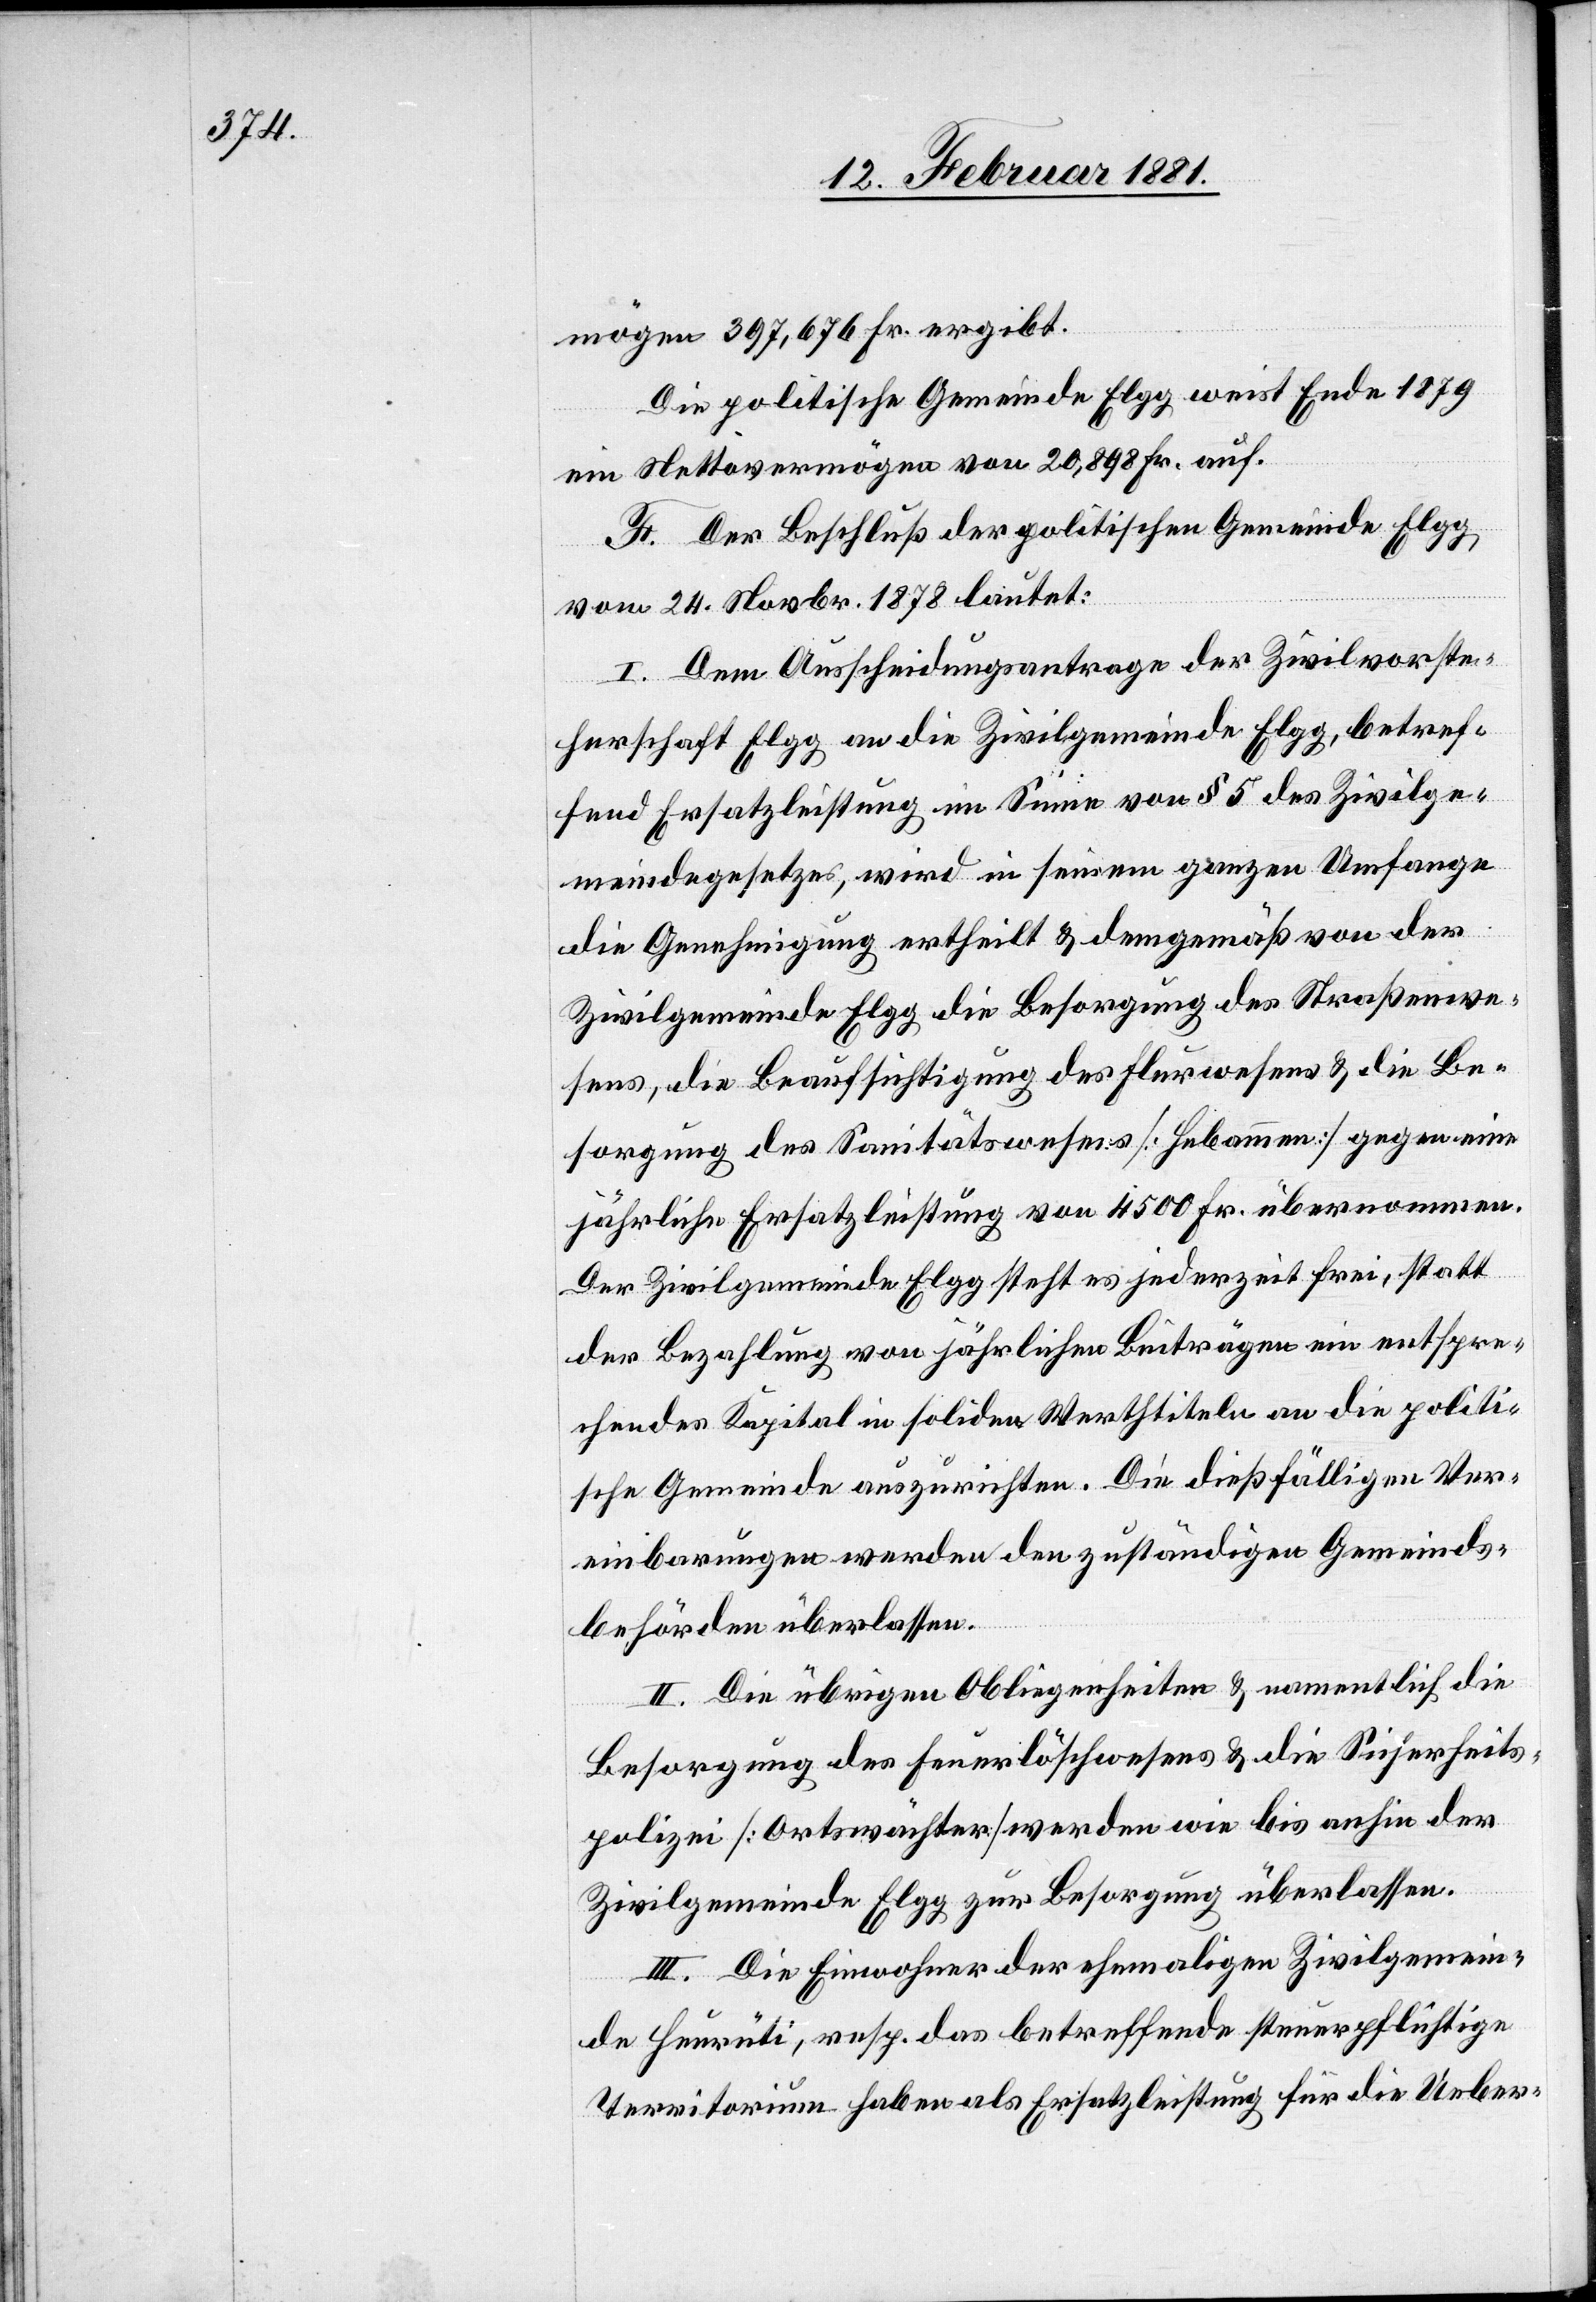
mögen 397,676 Fr. ergibt.
Die politische Gemeinde Elgg weist Ende 1879
ein Nettovermögen von 20,898 Fr. auf.
F. Der Beschluß der politischen Gemeinde Elgg,
vom 24. Novbr. 1878 lautet:
I. Dem Ausscheidungsantrage der Zivilvorste¬
herschaft Elgg an die Zivilgemeinde Elgg, betref¬
fend Ersatzleistung im Sinne von § 5 des Zivilge¬
meindegesetzes, wird in seinem ganzen Umfange
die Genehmigung ertheilt & demgemäß von der
Zivilgemeinde Elgg die Besorgung des Straßenwe¬
sens, die Beaufsichtigung des Flurwesens & die Be¬
sorgung des Sanitätswesens [Hebammen] gegen eine
jährliche Ersatzleistung von 4500 Fr. übernommen.
Der Zivilgemeinde Elgg steht es jederzeit frei, statt
der Bezahlung von jährlichen Beiträgen ein entspre¬
chendes Kapital in soliden Werthtiteln an die politi¬
sche Gemeinde auszurichten. Die dießfälligen Ver¬
einbarungen werden den zuständigen Gemeinds¬
behörden überlassen.
II. Die übrigen Obliegenheiten & namentlich die
Besorgung des Feuerlöschwesens & die Sicherheits¬
polizei [Ortswächter] werden wie bis anhin der
Zivilgemeinde Elgg zur Besorgung überlassen.
III. Die Einwohner der ehemaligen Zivilgemein¬
de Heurüti, resp. das betreffende steuerpflichtige
Territorium haben als Ersatzleistung für die Ueber-